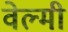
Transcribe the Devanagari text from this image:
वेल्मी